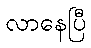
လာနေပြီ